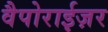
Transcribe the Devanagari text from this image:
वैपोराईज़र